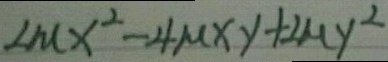
\angle \mu x ^ { 2 } - 4 \mu x y + 2 \mu y ^ { 2 }